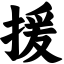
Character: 援